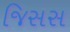
જિસસ